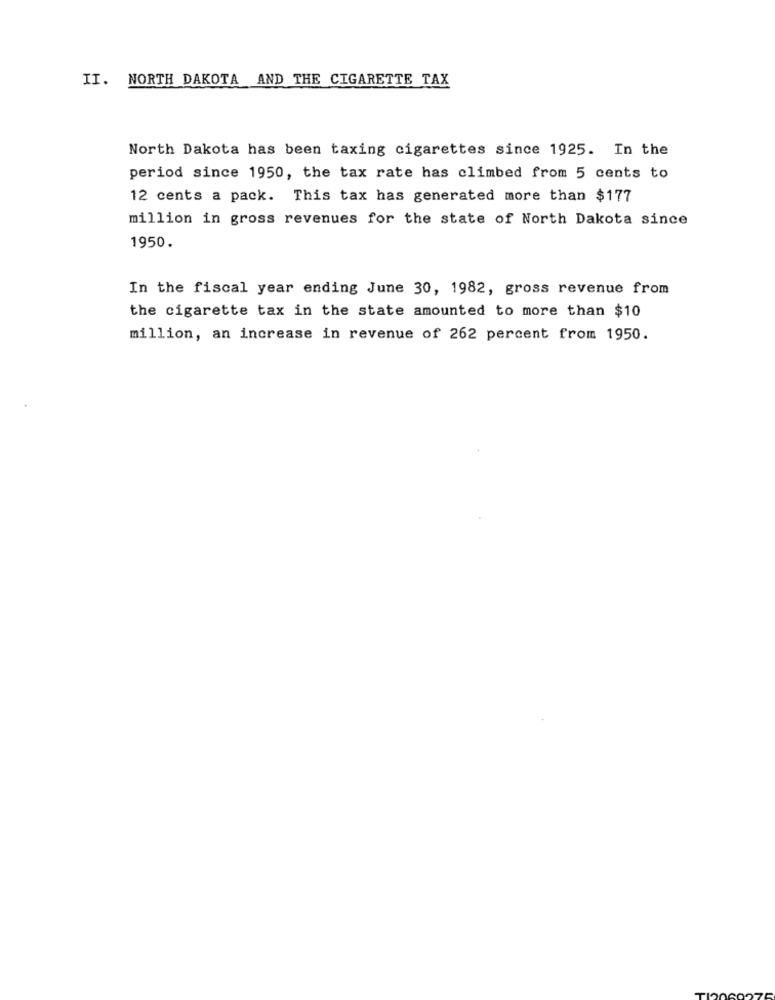
II. NORTH DAKOTA AND THE CIGARETTE TAX
North Dakota has been taxing cigarettes since 1925. In the
period since 1950, the tax rate has climbed from 5 cents to
12 cents a pack. This tax has generated more than $177
million in gross revenues for the state of North Dakota since
1950.
In the fiscal year ending June 30, 1982, gross revenue from
the cigarette tax in the state amounted to more than $10
million, an increase in revenue of 262 percent from 1950.